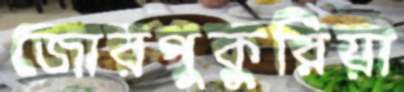
জোরপুকুরিয়া